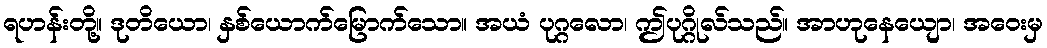
ရဟန်းတို့။ ဒုတိယော၊ နှစ်ယောက်မြောက်သော။ အယံ ပုဂ္ဂလော၊ ဤပုဂ္ဂိုလ်သည်။ အာဟုနေယျော၊ အဝေးမှ